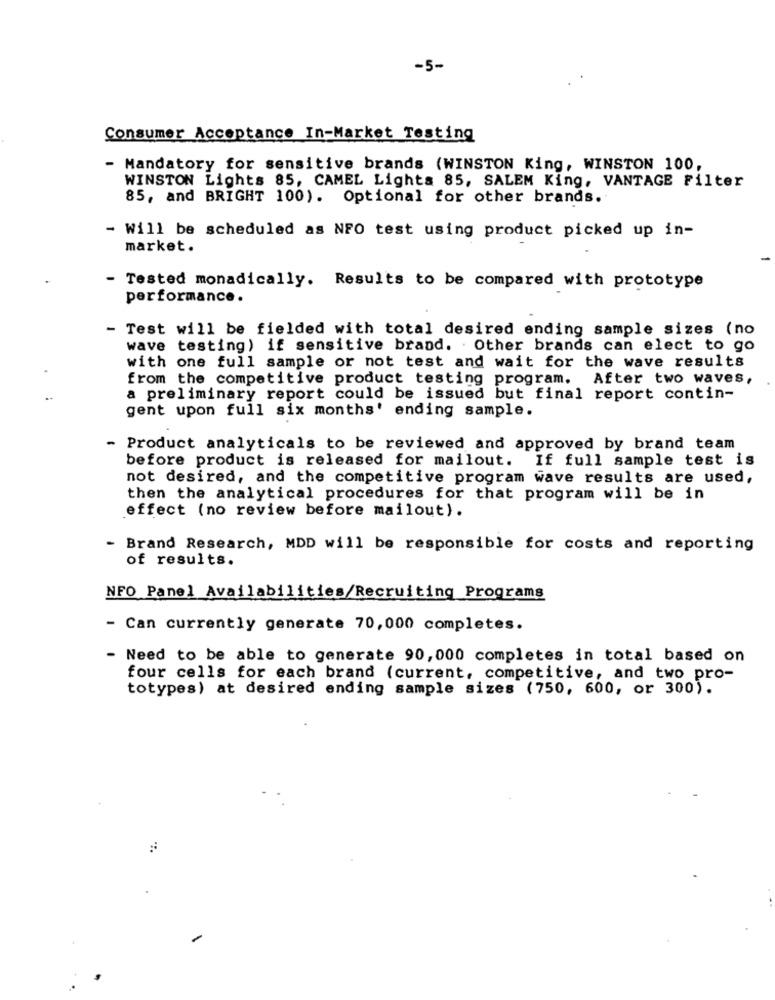
-5-
Consumer Acceptance In-Market Testing
Mandatory for sensitive brands (WINSTON King, WINSTON 100,
WINSTON Lights 85, CAMEL Lights 85, SALEM King, VANTAGE Filter
85, and BRIGHT 100). Optional for other brands.
- Will be scheduled as NFO test using product picked up in-
market.
Tested monadically. Results to be compared with prototype
performance.
Test will be fielded with total desired ending sample sizes (no
wave testing) if sensitive brand. . Other brands can elect to go
with one full sample or not test and wait for the wave results
from the competitive product testing program.
After two waves,
a preliminary report could be issued but final report contin-
gent upon full six months' ending sample.
- Product analyticals to be reviewed and approved by brand team
before product is released for mailout. If full sample test is
not desired, and the competitive program wave results are used,
then the analytical procedures for that program will be in
effect (no review before mailout).
- Brand Research, MDD will be responsible for costs and reporting
of results.
NFO Panel Availabilities/Recruiting Programs
- Can currently generate 70,000 completes.
- Need to be able to generate 90,000 completes in total based on
four cells for each brand (current, competitive, and two pro-
totypes) at desired ending sample sizes (750, 600, or 300).
-